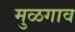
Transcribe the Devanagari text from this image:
मुळगाव